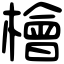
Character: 檜